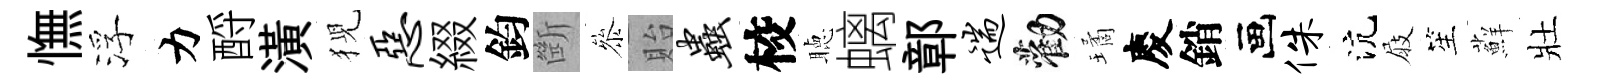
憮浮力酹潢猊恶綴鈞㫁叅貽虫校聴螭鄣遄勸璚慶銷画侏沆屐笙蘚壯